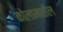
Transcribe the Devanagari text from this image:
कोलामातील